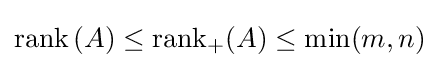
{\mbox{rank}}\,(A)\leq {\mbox{rank}}_{+}(A)\leq \min(m,n)